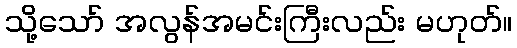
သို့သော် အလွန်အမင်းကြီးလည်း မဟုတ်။